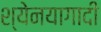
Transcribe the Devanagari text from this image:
श्येनयागादी